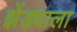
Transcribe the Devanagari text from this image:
झेंड्याला